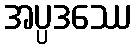
အပ္ပဒဿေ